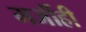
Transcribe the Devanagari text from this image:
मर्जीही